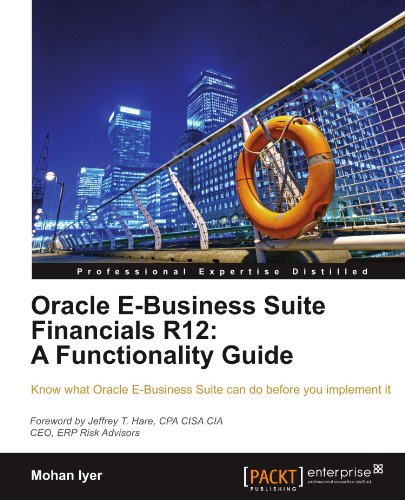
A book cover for Oracle E-Business Suite Financials R12: A Functionality Guide; Mohan Iyer; Computers & Technology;